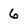
Character: 6